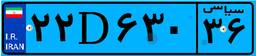
۵۷D۹۱۲۹۵